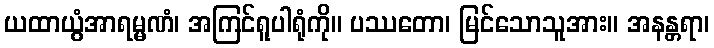
ယထာယွံအာရမ္မဏံ၊ အကြင်ရူပါရုံကို။ ပဿတော၊ မြင်သောသူအား။ အနန္တရာ၊